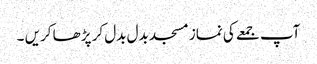
آپ جمعے کی نماز مسجد بدل بدل کر پڑھا کریں ۔